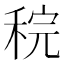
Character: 𫀶